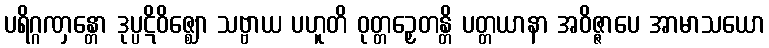
ပရိဂ္ဂဏှန္တော ဒုပ္ပဋိဝိဇ္ဈော သဗ္ဗာယ ပဟူတိ ဝုတ္တဉှေတန္တိ ပတ္တယာနာ အဝိဇ္ဇာပေ အာမာသယော